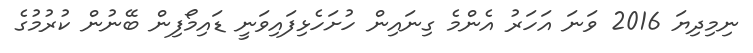
ނިމިދިޔަ 2016 ވަނަ އަހަރު އެންމެ ގިނައިން ހުށަހެޅިފައިވަނީ ޑައިމޯފިން ބޭނުން ކުރުމުގެ